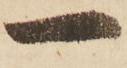
一